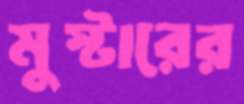
মুস্টারের